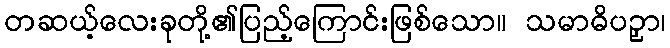
တဆယ့်လေးခုတို့၏ပြည့်ကြောင်းဖြစ်သော။ သမာဓိပဉှာ၊